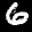
Label: 6